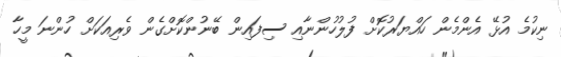
ނިކުމެ އުޅޭ އެންމެން ހައްޔަރުކޮށް ފުލުހުންނާއި ސިފައިން ބޭނުންކޮށްގެން ވެރިއަކަށް ހުންނަ މީހާ